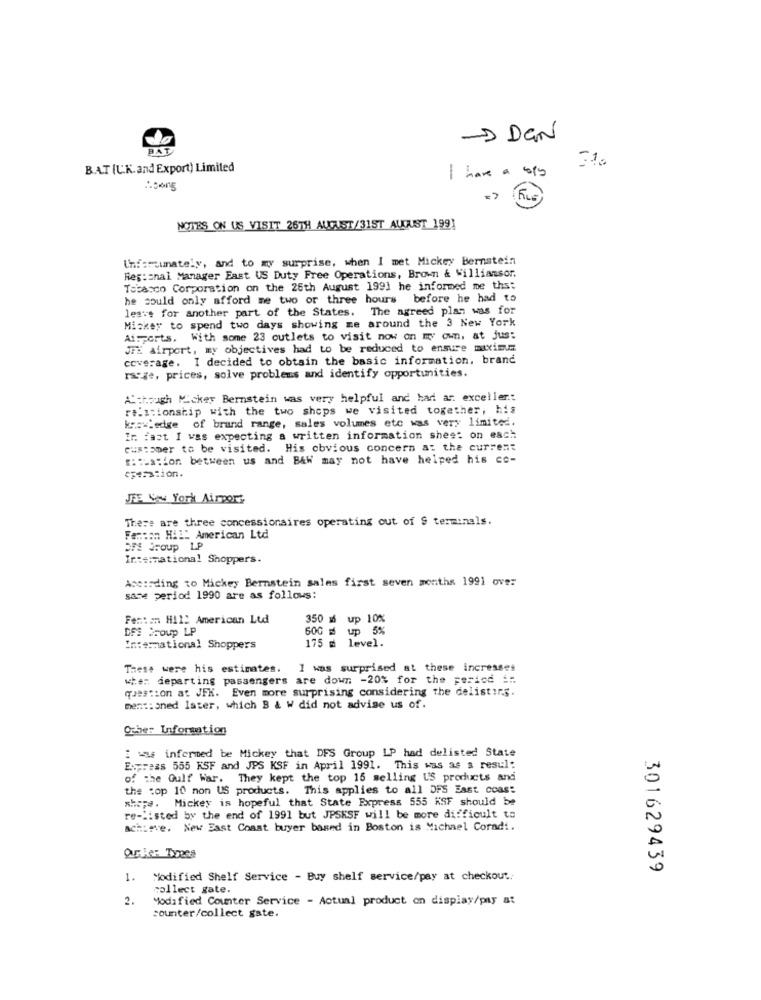
-> DEN
BAT (U.K. and Export) Limited
I have a copy
NOTES ON US VISIT 26TH AUGUST/31ST AUGUST 1991
Unforumately, and to my surprise, when I met Mickey Bernstein
Res:znal Manager East US Duty Free Operations, Brown & Williamsor.
Tobacco Corporation on the 25th August 1991 he informed me ths:
he could only afford me two or three hours before he had to
leave for another part of the States. The agreed plan was for
Mickey to spend two days showing me around the 3 New York
Airports. With some 23 outlets to visit now on my own, at jus:
JFK airport, my objectives had to be reduced to ensure maximum
coverage. I decided to obtain the basic information, brand
range, prices, solve problems and identify opportunities.
A'though Micker Bernstein was very helpful and had ar exceller .:
rt.Itionship with the two shops we visited together, his
krewedge of brand range, sales volumes etc was very limited.
In fact I was expecting a written information sheet on each
customer to be visited. His obvious concern at the current
::. ation between us and B&w may not have helped his co-
JEF New York Airport
There are three concessionaires operating out of $ terminals.
Femton Hill American Ltd
In:#:national Shoppers.
According to Mickey Bernstein sales first seven months 1991 over
sase period 1990 are as follows:
Fent an Hil: American Ltd
350 ø up 10%
DFS Croup LP
600
up 5%
International Shoppers
175 = level.
These were his estimates.
I was surprised at these increases
wie: departing passengers are down -20% for the period ::
question at JFK. Even more surprising considering the delisting.
mentioned Ister, which B & W did not advise us of.
Other Information
I ww informed be Mickey that DFS Group LP had delisted State
Express 555 KSF and JPS KSF in April 1991. This was as s resul:
of the Gulf War. They kept the top 15 selling US products and
the :op 10 non US products. This applies to all OFS East coast
shere. Mickey is hopeful that State Express 555 KSF should be
re-listed by the end of 1991 but JPSKSF will be more difficult to
achieve. New East Coast buyer based in Boston is Michael Coradi.
301629439
1.
Modified Shelf Service - Buy shelf service/pay at checkout.
collect gate.
2.
Modified Counter Service - Actual product on display/pay at
counter/collect gate.